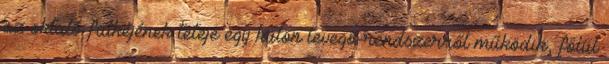
az oktató fülkéjének teteje egy külön levegő-rendszerről működik, fölül